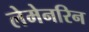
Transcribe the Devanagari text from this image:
लेमेनरिन